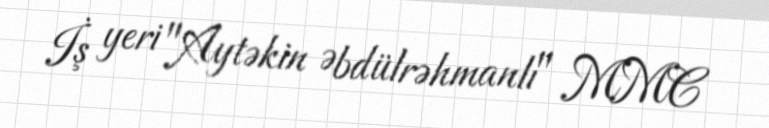
İş yeri "Aytəkin Əbdülrəhmanlı" MMC